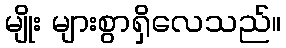
မျိုး များစွာရှိလေသည်။